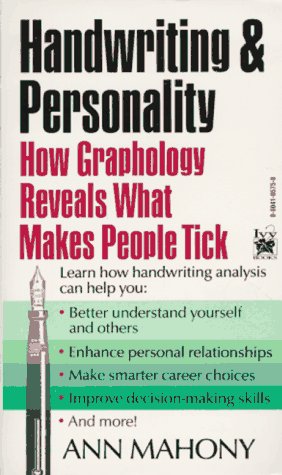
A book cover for Handwriting and Personality; Ann Mahony; Self-Help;